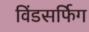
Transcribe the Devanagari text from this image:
विंडसर्फिग